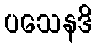
ပသေနဒိ